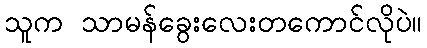
သူက သာမန်ခွေးလေးတကောင်လိုပဲ။